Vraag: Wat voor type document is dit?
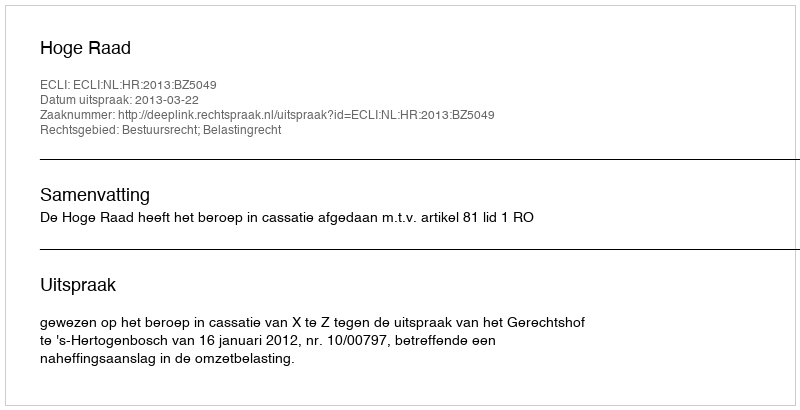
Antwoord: Uitspraak